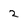
Character: 2